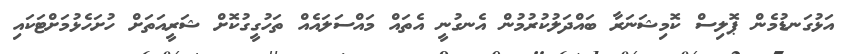
އަޅުގަނޑުމެން ޕޮލިސް ކޮމިޝަނަރާ ބައްދަލުކުރުމުން އެނގުނީ އެތައް މައްސަލައެއް ތަހުގީގުކޮށް ޝަރީއަތަށް ހުށަހެޅުމަށްޓަކައި